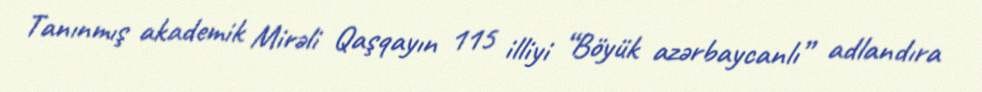
Tanınmış akademik Mirəli Qaşqayın 115 illiyi “Böyük azərbaycanlı” adlandıra